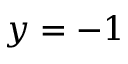
y = - 1